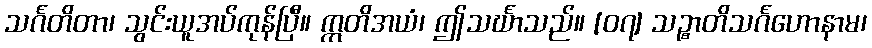
သင်္ဂတိတာ၊ သွင်းယူအပ်ကုန်ပြီ။ ဣတိအယံ၊ ဤသင်္ဃာသည်။ [၀၇] သဉ္စာတိသင်္ဂဟောနာမ၊